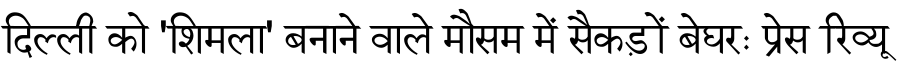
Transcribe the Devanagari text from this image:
दिल्ली को 'शिमला' बनाने वाले मौसम में सैकड़ों बेघरः प्रेस रिव्यू